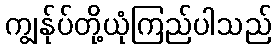
ကျွန်ုပ်တို့ယုံကြည်ပါသည်